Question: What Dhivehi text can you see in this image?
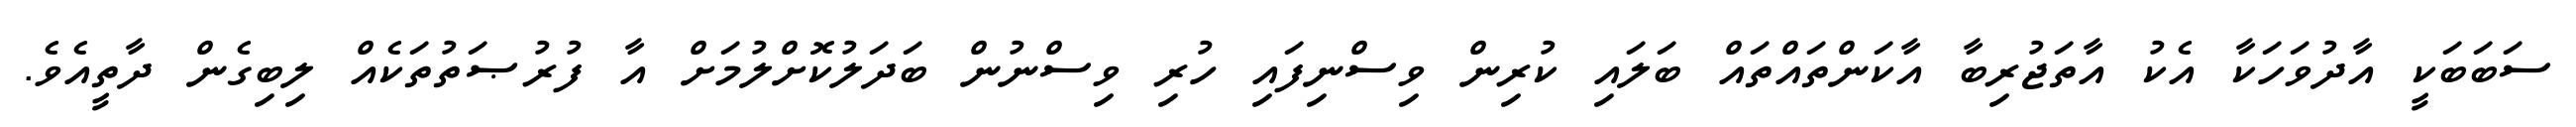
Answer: ސަބަބަކީ އާދުވަހަކާ އެކު އާތަޖުރިބާ އާކަންތައްތައް ބަލައި ކުރިން ވިސްނިފައި ހުރި ވިސްނުން ބަދަލުކޮށްލުމަށް އާ ފުރުޞަތުތަކެއް ލިބިގެން ދާތީއެވެ.